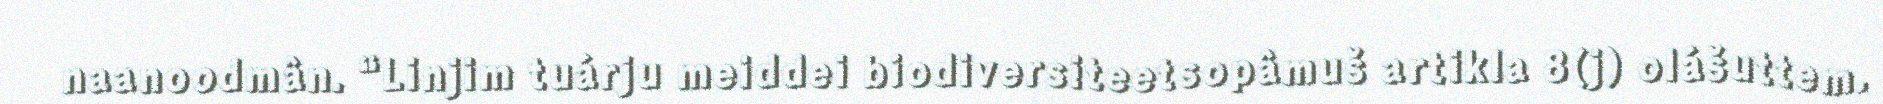
naanoodmân. “Linjim tuárju meiddei biodiversiteetsopâmuš artikla 8(j) olášuttem.